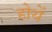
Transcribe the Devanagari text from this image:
होथें